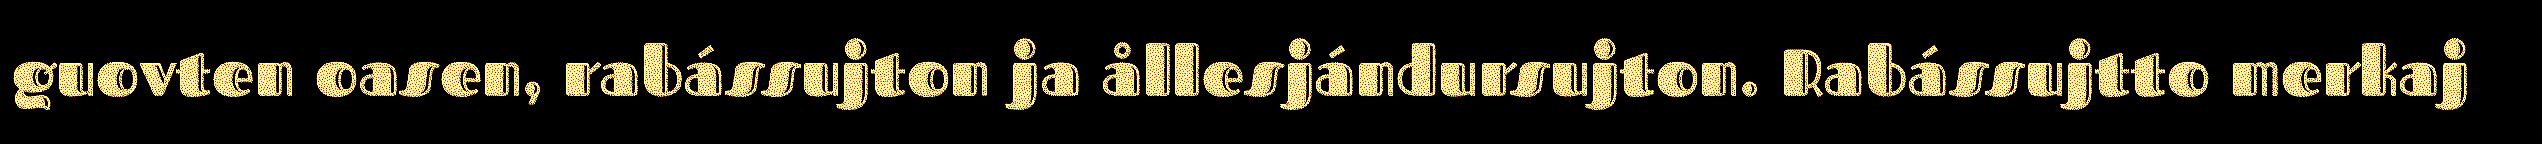
guovten oasen, rabássujton ja ållesjándursujton. Rabássujtto merkaj